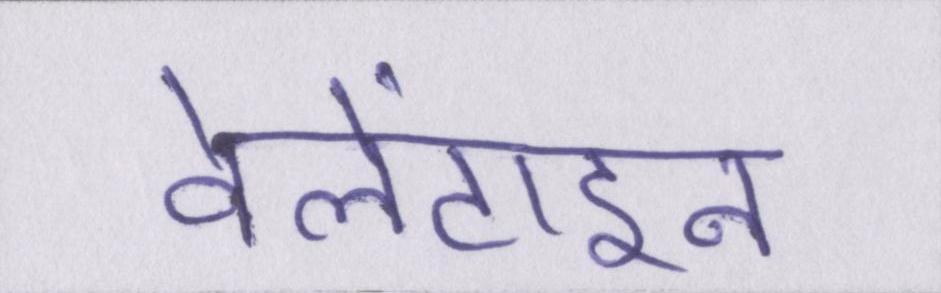
वेलेंटाइन